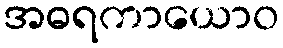
အဓရကာယောဝ